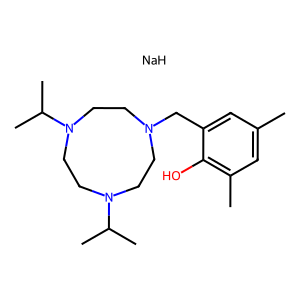
SMILES: Cc1cc(C)c(O)c(CN2CCN(C(C)C)CCN(C(C)C)CC2)c1.[NaH]
Inhibits HIV replication: No